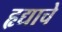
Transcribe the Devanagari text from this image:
हृद्याचे